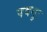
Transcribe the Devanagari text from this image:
पवनुः